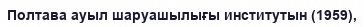
Полтава ауыл шаруашылығы институтын (1959),